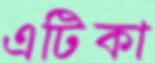
এটিকা